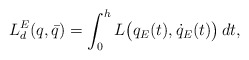
\begin{align*}L^E_d(q,\bar q) = \int_0^h L\big( q_{E}(t), \dot q_{E}(t)\big)\,dt,\end{align*}